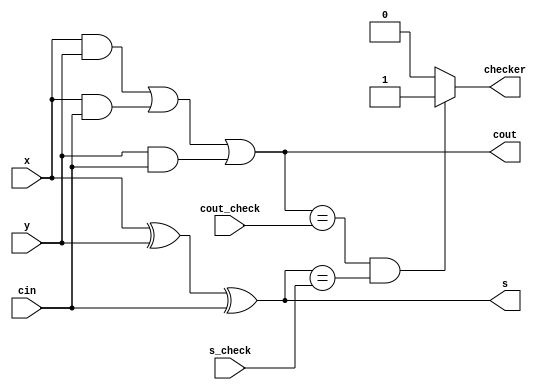
/*
   This file was generated automatically by Alchitry Labs version 1.2.1.
   Do not edit this file directly. Instead edit the original Lucid source.
   This is a temporary file and any changes made to it will be destroyed.
*/

module full_adder_1 (
    input s_check,
    input cout_check,
    input x,
    input y,
    input cin,
    output reg s,
    output reg cout,
    output reg checker
  );
  
  
  
  reg and1;
  reg and2;
  reg and3;
  reg xor_connector;
  reg cout_connector;
  reg s_connector;
  
  always @* begin
    xor_connector = x ^ y;
    s_connector = xor_connector ^ cin;
    and1 = x & y;
    and2 = x & cin;
    and3 = y & cin;
    cout_connector = and1 | and2 | and3;
    cout = cout_connector;
    s = s_connector;
    if (cout_connector == cout_check && s_connector == s_check) begin
      checker = 1'h1;
    end else begin
      checker = 1'h0;
    end
  end
endmodule